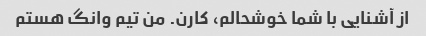
از آشنایی با شما خوشحالم، کارن. من تیم وانگ هستم